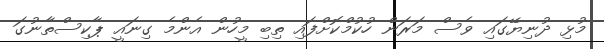
މުޅި ދުނިޔޭގައި ވެސް މަރަން ހުކުމްކޮށްފައި ތިބި މީހުން އެންމެ ގިނައީ ޕާކިސްތާނުގަ